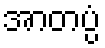
အာတပ္ပံ